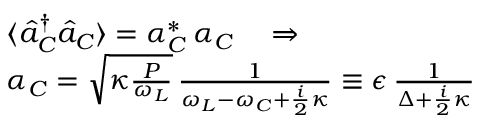
\begin{array} { r l } & { \langle \hat { a } _ { C } ^ { \dagger } \hat { a } _ { C } \rangle = \alpha _ { C } ^ { * } \, \alpha _ { C } \quad \Rightarrow } \\ & { \alpha _ { C } = \sqrt { \kappa \frac { P } { \omega _ { L } } } \, \frac { 1 } { \omega _ { L } - \omega _ { C } + \frac { i } { 2 } \kappa } \equiv \epsilon \, \frac { 1 } { \Delta + \frac { i } { 2 } \kappa } } \end{array}